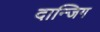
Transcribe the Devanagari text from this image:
दान्जिग